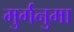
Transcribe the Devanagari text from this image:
मुर्गनुमा